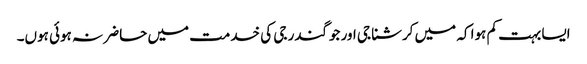
ایسا بہت کم ہوا کہ میں کرشنا جی اور جوگندر جی کی خدمت میں حاضر نہ ہوئی ہوں۔